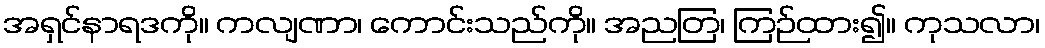
အရှင်နာရဒကို။ ကလျဏာ၊ ကောင်းသည်ကို။ အညတြ၊ ကြဉ်ထား၍။ ကုသလာ၊